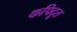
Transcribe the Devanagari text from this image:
कपिदूत